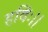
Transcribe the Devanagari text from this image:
हविः।।